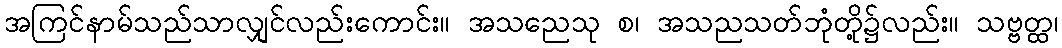
အကြင်နာမ်သည်သာလျှင်လည်းကောင်း။ အသညေသု စ၊ အသညသတ်ဘုံတို့၌လည်း။ သဗ္ဗတ္ထ၊